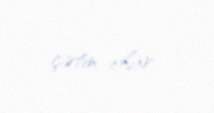
çətin olar.